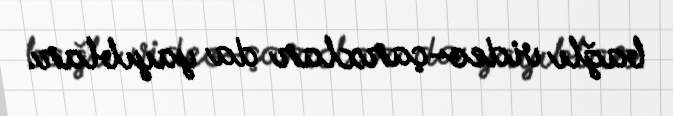
bağlı video-çarxlar da yayıblar.